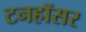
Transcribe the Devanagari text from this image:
टनहॉसर